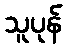
သူပုန်